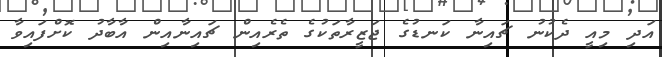
އަދި މިއީ ދެކުނު ޗައިނާ ކަނޑުގެ ޖަޒީރާތަކުގެ ތެރެއިން ޗައިނާއިން އާބާދު ކޮށްފައިވާ